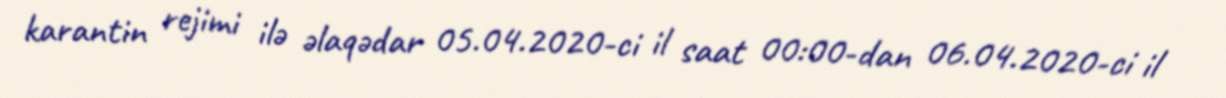
karantin rejimi ilə əlaqədar 05.04.2020-ci il saat 00:00-dan 06.04.2020-ci il